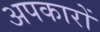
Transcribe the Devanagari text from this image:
अपकारों